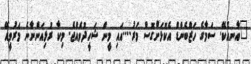
"އާނއެކޭ. ސަމާގެ ހަޒްބެންޑް އެކޮޅަށްގޮސް މަރު....އައި މީން ޝަހީދުވެއްޖެ. މިކާ ރުޅިއަންނާނެ މަރުވީއޭ